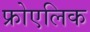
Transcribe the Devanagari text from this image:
फ्रोएलिक